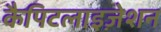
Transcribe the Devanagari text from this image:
कैपिटलाइज़ेशन